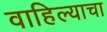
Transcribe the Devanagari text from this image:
वाहिल्याचा